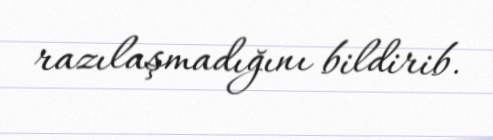
razılaşmadığını bildirib.